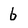
Character: b